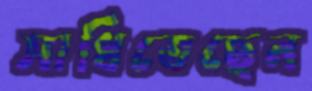
সাধিতেছেন